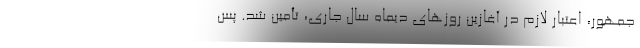
جمهور، اعتبار لازم در آغازین روز‌های دیماه سال جاری، تأمین شد. پس